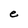
Character: e